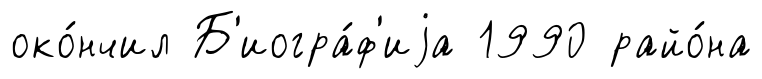
око́нчил Б'иогра́ф'иjа 1990 райо́на